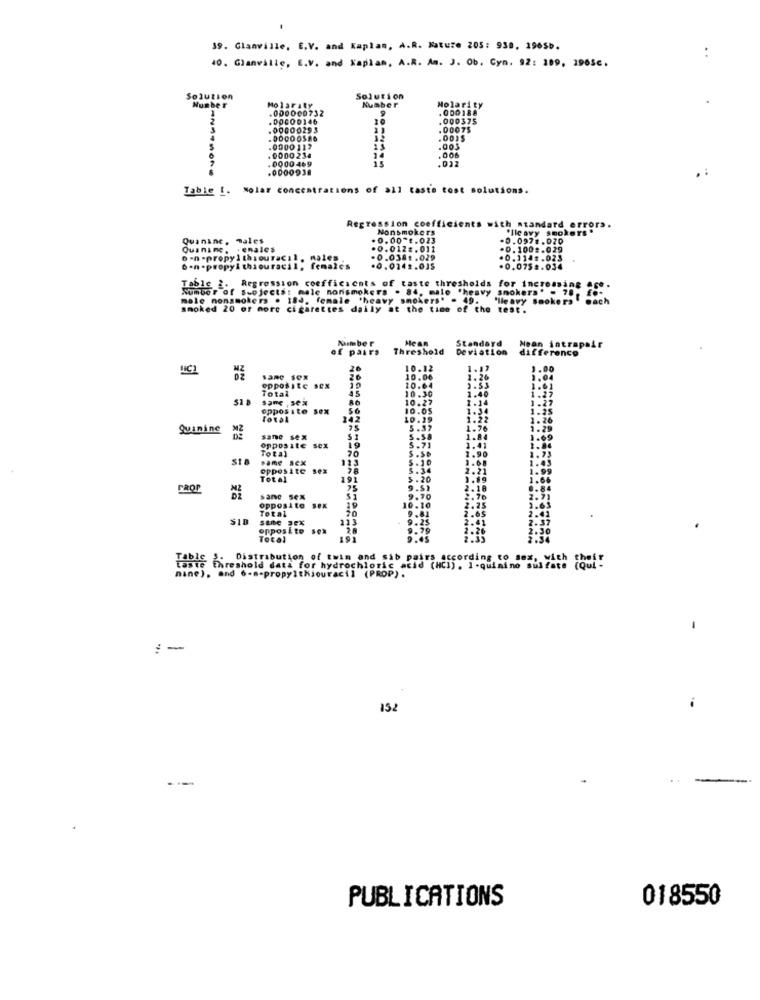
39. Glanville, E.V. and Kaplan, A.R. Nature 205: 938, 1965b.
40. Glanville, E.V. and Kaplan, A.R. Am. J. Ob. Cyn. 92: 109, 19656.
..
Solution
Number
Solution
Molarity
.000000732
Number
Molarity
. 000188
.00000146
000375
.0000025 3
.00075
.0015
.0000117
14
.005
+ 0000 234
. 0000 469
15
.022
.006
.0000938
.:
Table [. Nolar concentrations of all taste tost solutions.
Regression coefficients with standard er
Nonsmokers
with standard errors.
"Ilcavy smokers"
Quinine, males
. 0.00 **. 023
-0.0974.020
Quaninc, . enales
.0.012 =. 011
-0.1002.029
o -n -propyl thiouracil, males
- 0.038₺ .029
. 0. 114 .023
ban-propyl thiouracil, females
.0.0142.035
.0.075 .. 034
Table 2. Regression coefficients of taste thresholds for increasing
Number of suejects: male nonsmokers . 84, male "heavy smokera. - 70, 55cy
male nonsmokers . 184, female 'heavy smokers' - 49.
smoked 20 of more cigarettes daily at the time of the test.
Malmber
Mean
Standard
of paars
Threshold
Deviation
ifferenco
ntrapair
HIC1
26
10.12
1.17
1.00
same Sex
opposite sex
10
10.00
1.26
Total
10.30
10.64
1.40
3.53
sane , sex
RO
10.27
1 .14
opposite
10.05
1.34
142
10.39
1.22
Quinine
MZ
75
5 .37
1.76
same sex
19
5.58
1.84
opposite
Total
20
5.71
1.41
1.90
S1 8
same sex
123
5 . 10
opposite sex
7.8
5. 34
2.21
Total
291
5.20
PROP
75
9.52
2.18
sane sex
19
10.10
9.70
opposite
Total
9.81
2.65
2.25
SIR
same Jex
213
9.25
2.41
opposite
2.26
Total
45
2.33
Distribution of twin and sib pairs according to
taste threshold data for hydro
mine), and 6-s-propylthiouracil (PROP).
According to Be%, with their
:-
152
. .
PUBLICATIONS
018550